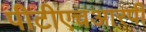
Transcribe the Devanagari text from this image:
पीटीएचआरपी